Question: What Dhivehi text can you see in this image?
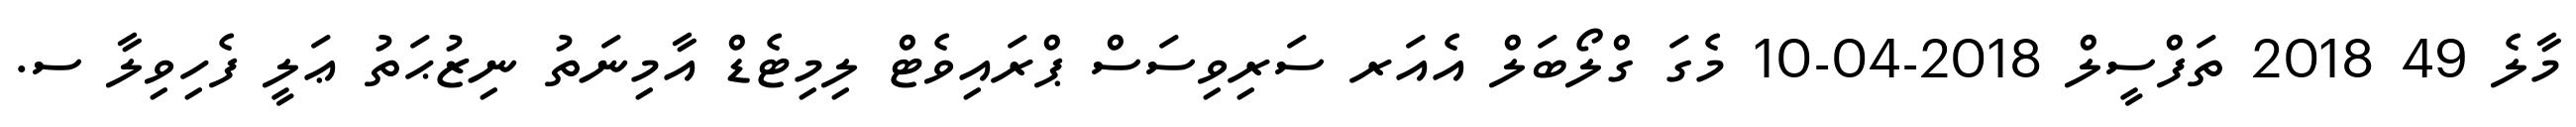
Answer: މާލެ 49 2018 ތަފްސީލް 2018-04-10 މެގަ ގްލޯބަލް އެއަރ ސަރިވިސަސް ޕްރައިވެޓް ލިމިޓެޑް އާމިނަތު ނިޒުޙަތު ޢަލީ ފެހިވިލާ ސ.